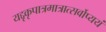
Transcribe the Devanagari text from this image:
यद्दृकृपात्रमात्रात्सर्वोप्ययं